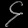
Digit: ၄